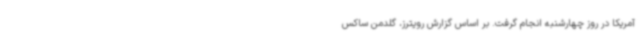
آمریکا در روز چهارشنبه انجام گرفت. بر اساس گزارش رویترز، گلدمن ساکس